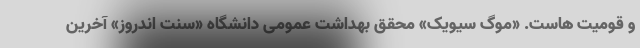
و قومیت هاست. «موگ سیویک» محقق بهداشت عمومی دانشگاه «سنت اندروز» آخرین